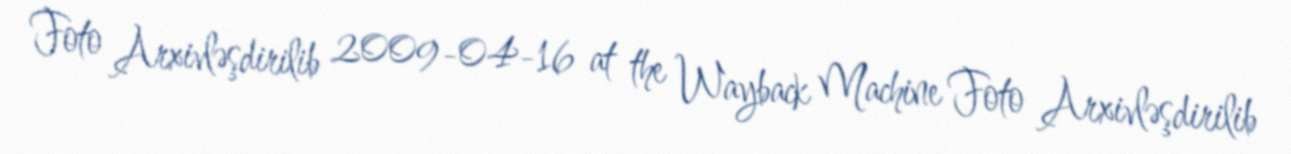
Foto Arxivləşdirilib 2009-04-16 at the Wayback Machine Foto Arxivləşdirilib